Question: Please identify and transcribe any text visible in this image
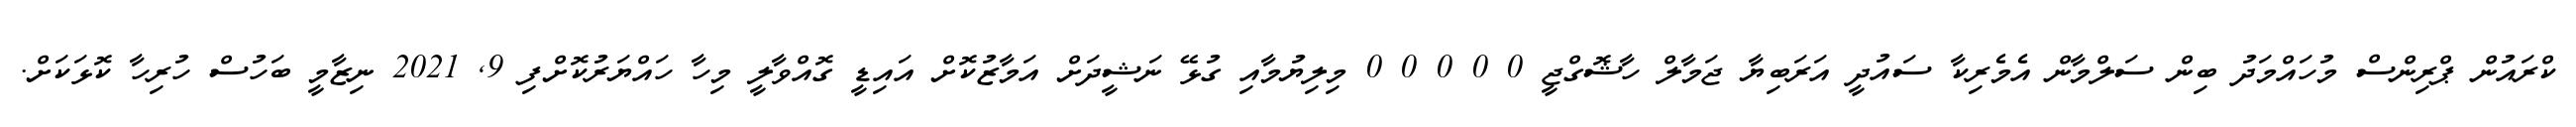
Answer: ކްރައުން ޕްރިންސް މުހައްމަދު ބިން ސަލްމާން އެމެރިކާ ސައުދީ އަރަބިޔާ ޖަމާލް ހާޝޮގްޖީ 0 0 0 0 0 މިލިޔުމާއި ގުޅޭ ނަޝީދަށް އަމާޒުކޮށް އައިޑީ ގޮއްވާލީ މިހާ ހައްޔަރުކޮށްފި 9, 2021 ނިޒާމީ ބަހުސް ހުރިހާ ކޮޅަކަށް.